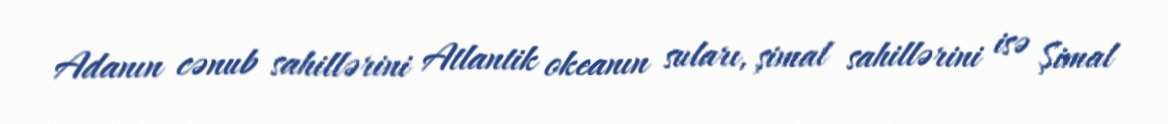
Adanın cənub sahillərini Atlantik okeanın suları, şimal sahillərini isə Şimal